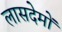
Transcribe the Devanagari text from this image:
लासदेमों